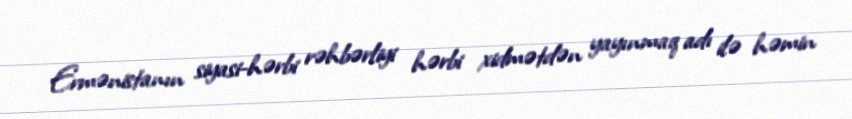
Ermənistanın siyasi-hərbi rəhbərliyi hərbi xidmətdən yayınmaq adı ilə həmin